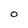
Character: 0